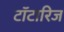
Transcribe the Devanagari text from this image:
टॉटारिज